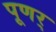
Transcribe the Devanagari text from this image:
पूणर्